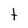
Character: t